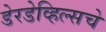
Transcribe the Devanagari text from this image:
डेरडेव्हिल्सचे